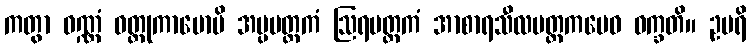
ကတွာ ဝဏ္ဏံ ဝတ္တုကာမောပိ အပ္ပမတ္တကံ ဩရမတ္တကံ အာစာရသီလမတ္တကမေဝ ဝက္ခတိ။ ဥပရိ